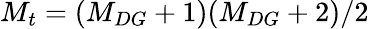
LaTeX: M_{t}=(M_{DG}+1)(M_{DG}+2)/2